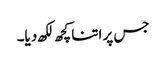
جس پر اتنا کچھ لکھ دیا۔